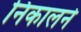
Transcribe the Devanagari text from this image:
निकालने